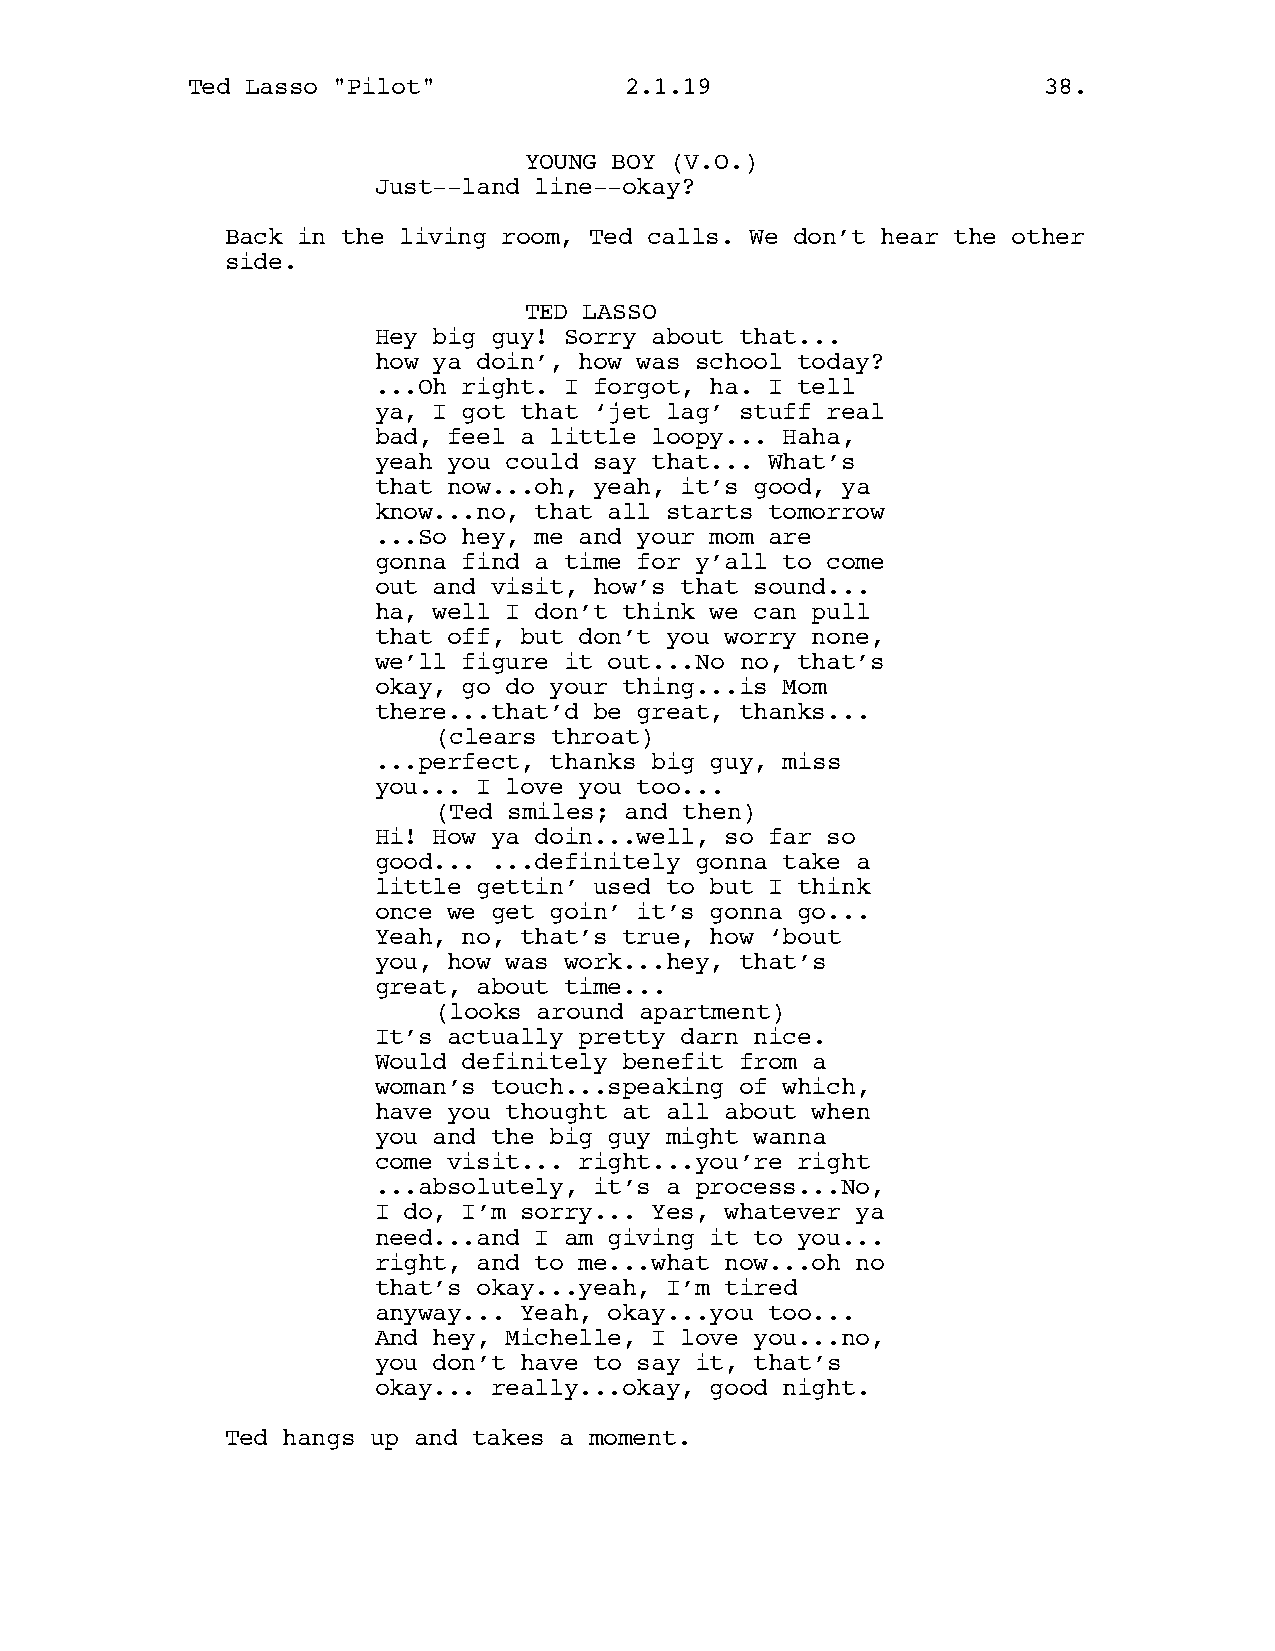
Ted Lasso "Pilot"            2.1.19                      38.
 YOUNG BOY (V.O.)
 Just--land line--okay?
 Back in the living room, Ted calls. We don’t hear the other
 side.
 TED LASSO
 Hey big guy! Sorry about that...
 how ya doin’, how was school today?
 ...Oh right. I forgot, ha. I tell
 ya, I got that ‘jet lag’ stuff real
 bad, feel a little loopy... Haha,
 yeah you could say that... What’s
 that now...oh, yeah, it’s good, ya
 know...no, that all starts tomorrow
 ...So hey, me and your mom are
 gonna find a time for y’all to come
 out and visit, how’s that sound...
 ha, well I don’t think we can pull
 that off, but don’t you worry none,
 we’ll figure it out...No no, that’s
 okay, go do your thing...is Mom
 there...that’d be great, thanks...
 (clears throat)
 ...perfect, thanks big guy, miss
 you... I love you too...
 (Ted smiles; and then)
 Hi! How ya doin...well, so far so
 good... ...definitely gonna take a
 little gettin’ used to but I think
 once we get goin’ it’s gonna go...
 Yeah, no, that’s true, how ‘bout
 you, how was work...hey, that’s
 great, about time...
 (looks around apartment)
 It’s actually pretty darn nice.
 Would definitely benefit from a
 woman’s touch...speaking of which,
 have you thought at all about when
 you and the big guy might wanna
 come visit... right...you’re right
 ...absolutely, it’s a process...No,
 I do, I’m sorry... Yes, whatever ya
 need...and I am giving it to you...
 right, and to me...what now...oh no
 that’s okay...yeah, I’m tired
 anyway... Yeah, okay...you too...
 And hey, Michelle, I love you...no,
 you don’t have to say it, that’s
 okay... really...okay, good night.
 Ted hangs up and takes a moment.